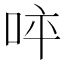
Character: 𠱪